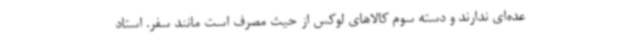
عده‌ای ندارند و دسته سوم کالاهای لوکس از حیث مصرف است مانند سفر. استاد